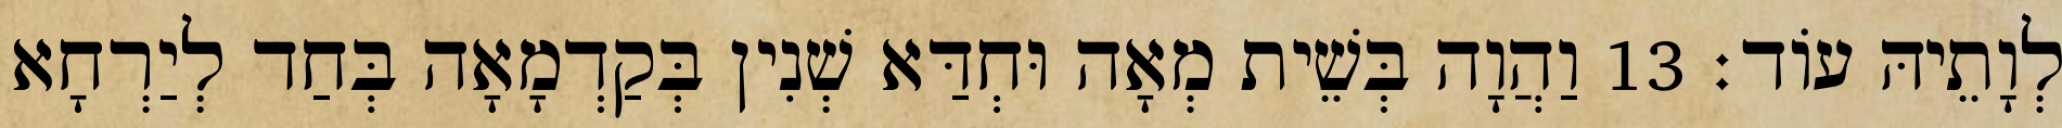
לְוָתֵיהּ עוֹד׃ 13 וַהֲוָה בְּשֵׁית מְאָה וּחְדַּא שְׁנִין בְּקַדְמָאָה בְּחַד לְיַרְחָא